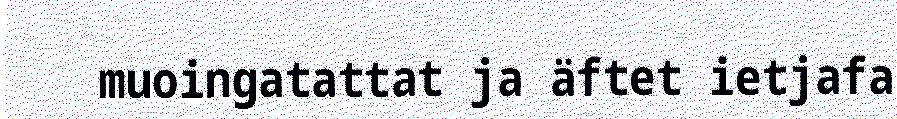
muoingatattat ja äftet ietjafa